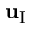
\mathbf { u } _ { \mathrm { I } }